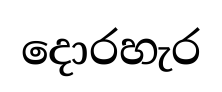
දොරහැර